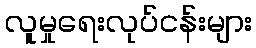
လူမှုရေးလုပ်ငန်းများ